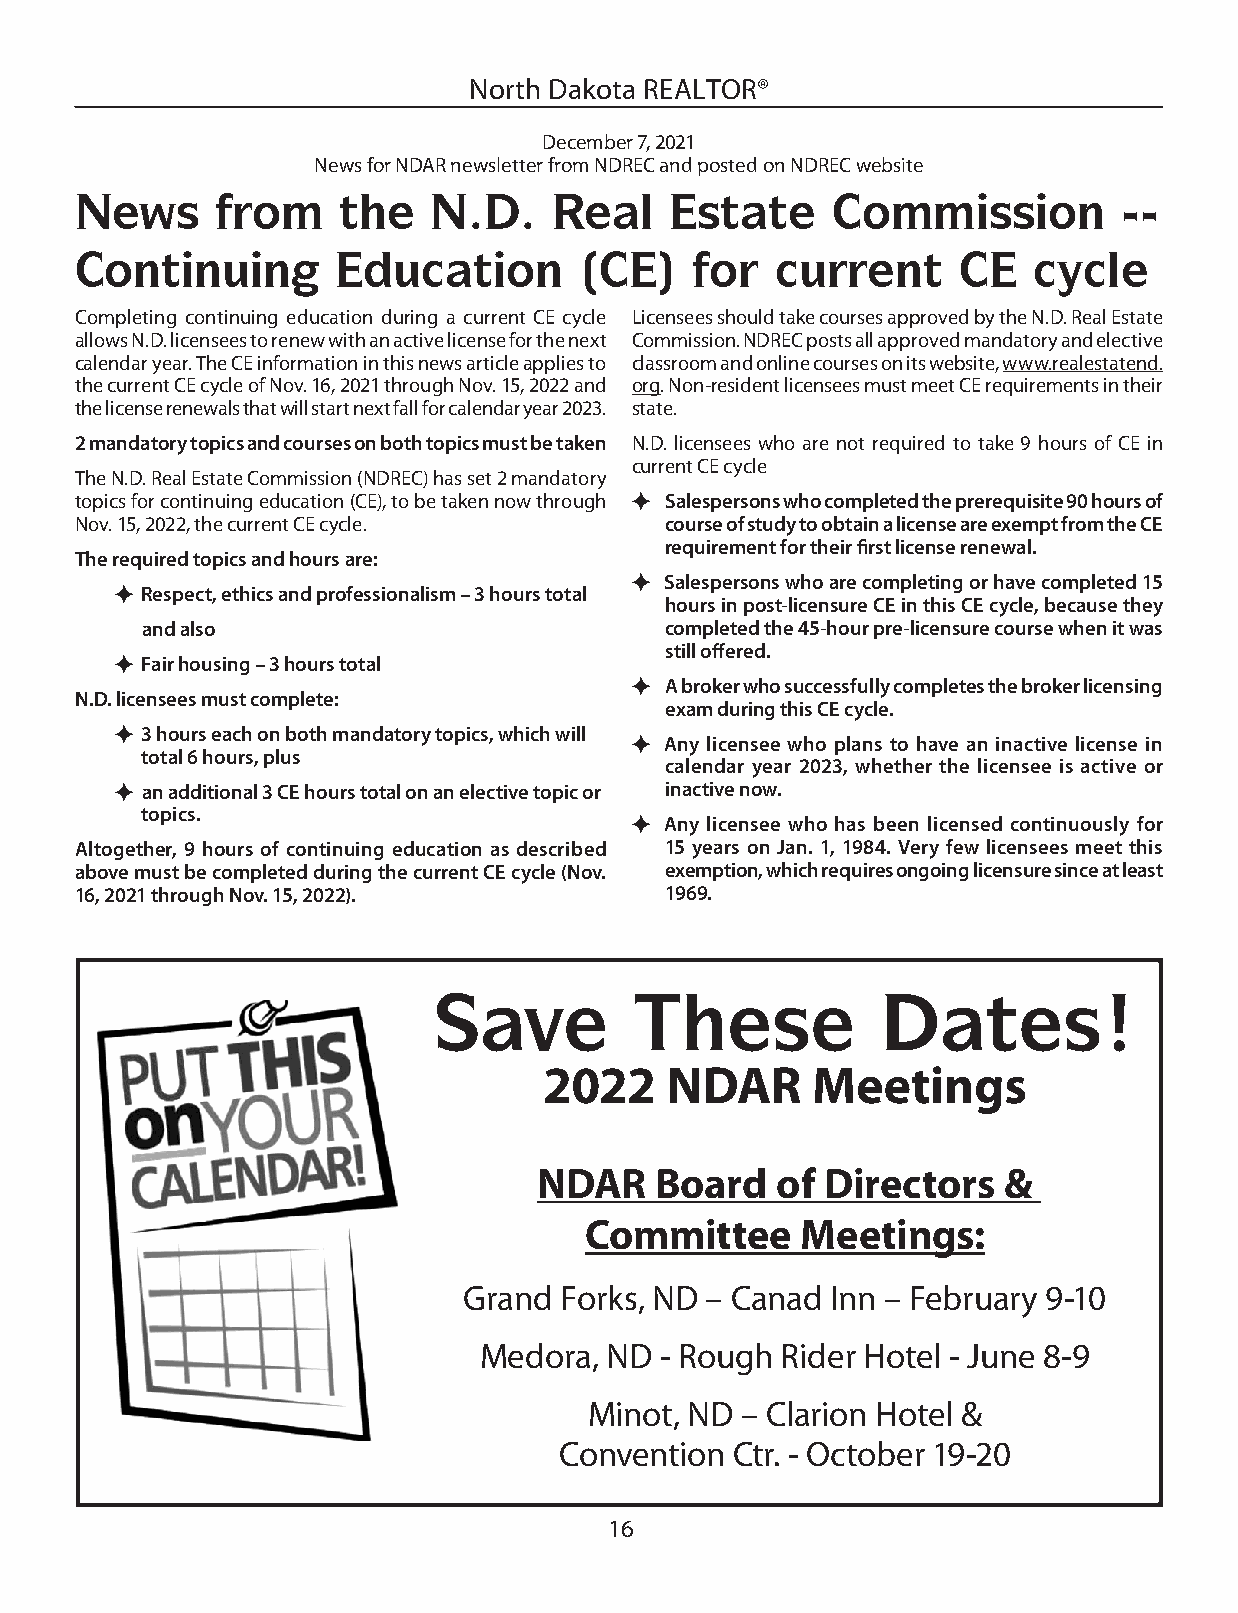
North Dakota REALTOR®
 December 7, 2021
 News for NDAR newsletter from NDREC and posted on NDREC website
 News     from     the   N.D.    Real   Estate     Commission         --
 Continuing       Education       (CE)    for  current     CE   cycle
 Completing continuing education during a current CE cycle Licensees should take courses approved by the N.D. Real Estate
 allows N.D. licensees to renew with an active license for the next Commission. NDREC posts all approved mandatory and elective
 calendar year. The CE information in this news article applies to classroom and online courses on its website, www.realestatend.
 the current CE cycle of Nov. 16, 2021 through Nov. 15, 2022 and org. Non-resident licensees must meet CE requirements in their
 the license renewals that will start next fall for calendar year 2023. state.
 2 mandatory topics and courses on both topics must be taken N.D. licensees who are not required to take 9 hours of CE in
 current CE cycle
 The N.D. Real Estate Commission (NDREC) has set 2 mandatory
 topics for continuing education (CE), to be taken now through  Salespersons who completed the prerequisite 90 hours of
 Nov. 15, 2022, the current CE cycle.   course of study to obtain a license are exempt from the CE
 requirement for their fi rst license renewal.
 The required topics and hours are:
  Salespersons who are completing or have completed 15
  Respect, ethics and professionalism – 3 hours total
 hours in post-licensure CE in this CE cycle, because they
 and also                           completed the 45-hour pre-licensure course when it was
 still off ered.
  Fair housing – 3 hours total
  A broker who successfully completes the broker licensing
 N.D. licensees must complete:
 exam during this CE cycle.
  3 hours each on both mandatory topics, which will
  Any licensee who plans to have an inactive license in
 total 6 hours, plus
 calendar year 2023, whether the licensee is active or
  an additional 3 CE hours total on an elective topic or inactive now.
 topics.
  Any licensee who has been licensed continuously for
 Altogether, 9 hours of continuing education as described 15 years on Jan. 1, 1984. Very few licensees meet this
 above must be completed during the current CE cycle (Nov. exemption, which requires ongoing licensure since at least
 16, 2021 through Nov. 15, 2022).       1969.
 Save         These           Dates!
 2022    NDAR      Meetings
 NDAR   Board   of  Directors  &
 Committee     Meetings:
 Grand Forks, ND – Canad Inn – February 9-10
 Medora, ND  - Rough Rider Hotel - June 8-9
 Minot, ND – Clarion Hotel &
 Convention  Ctr. - October 19-20
 16